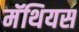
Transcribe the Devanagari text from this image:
मॅथियस